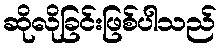
ဆိုလိုခြင်းဖြစ်ပါသည်